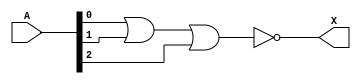
module nor_gate_gate_primitive (A, X);

  input [2:0] A;
  output X;

  nor U0(X, A[0], A[1], A[2]);

endmodule